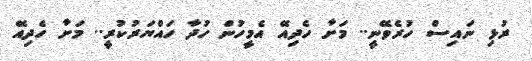
ރުޅި ނައިސް ހުރެވޭނީ.. މަށާ ހެދިއޭ އެމީހުން ހުދާ ހައްޔަރުކުރީ.. މަށާ ހެދިއޭ